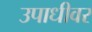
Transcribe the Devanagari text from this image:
उपाधीवर